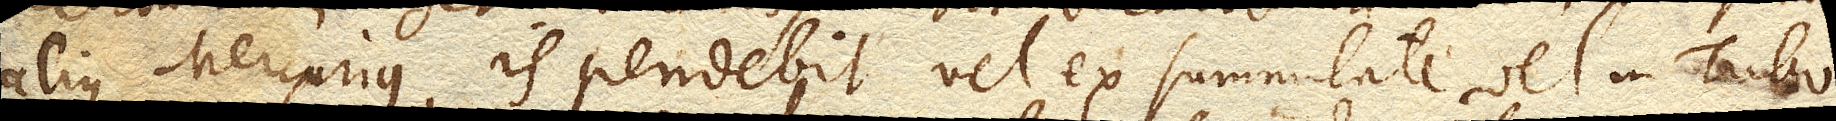
alius Mercurius, is pendebit vel ex summitate vel in Tubo